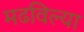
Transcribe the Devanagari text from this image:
मढविल्या